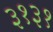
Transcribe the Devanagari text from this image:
३१३१